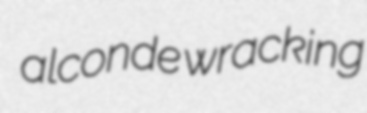
alconde wracking